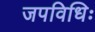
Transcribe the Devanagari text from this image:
जपविधिः